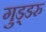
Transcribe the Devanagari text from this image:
गुड्डरु